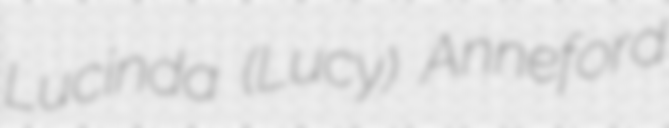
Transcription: Lucinda (Lucy) Anneford